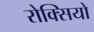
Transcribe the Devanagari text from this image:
रोक्सियो